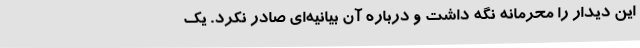
این دیدار را محرمانه نگه داشت و درباره آن بیانیه‌ای صادر نکرد. یک